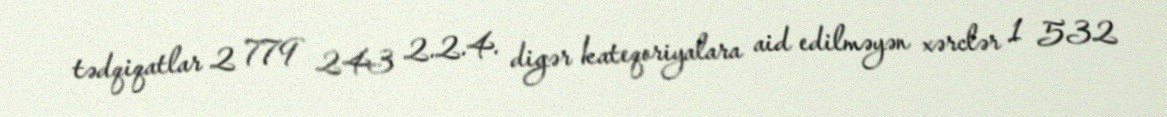
tədqiqatlar 2 779 243 2.2.4. digər kateqoriyalara aid edilməyən xərclər 1 532